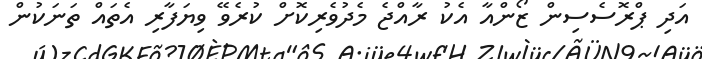
އަދި ޕްރޮސެސިން ޒޯންއާ އެކު ރާއްޖެ މެދުވެރިކޮށް ކުރެވޭ ވިޔަފާރި އެތައް ތަނަކުން